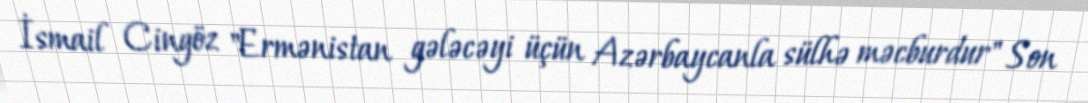
İsmail Cingöz "Ermənistan gələcəyi üçün Azərbaycanla sülhə məcburdur" Son